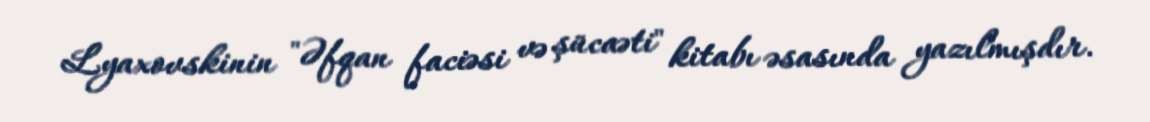
Lyaxovskinin "Əfqan faciəsi və şücaəti" kitabı əsasında yazılmışdır.